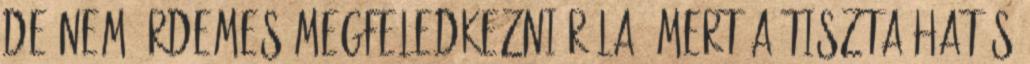
de nem érdemes megfeledkezni róla, mert a tiszta hatás